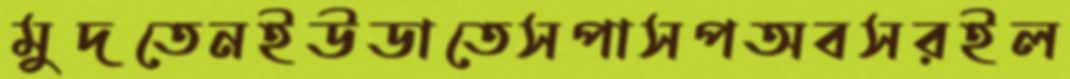
মুদতেনইউডাতেসপাসপঅবসরইল